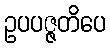
ဥပပဇ္ဇတိပေ